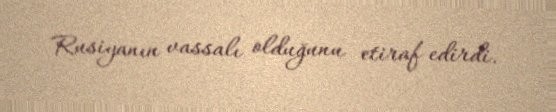
Rusiyanın vassalı olduğunu etiraf edirdi.